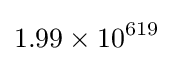
1.99\times 10^{619}